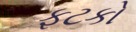
ફટકો